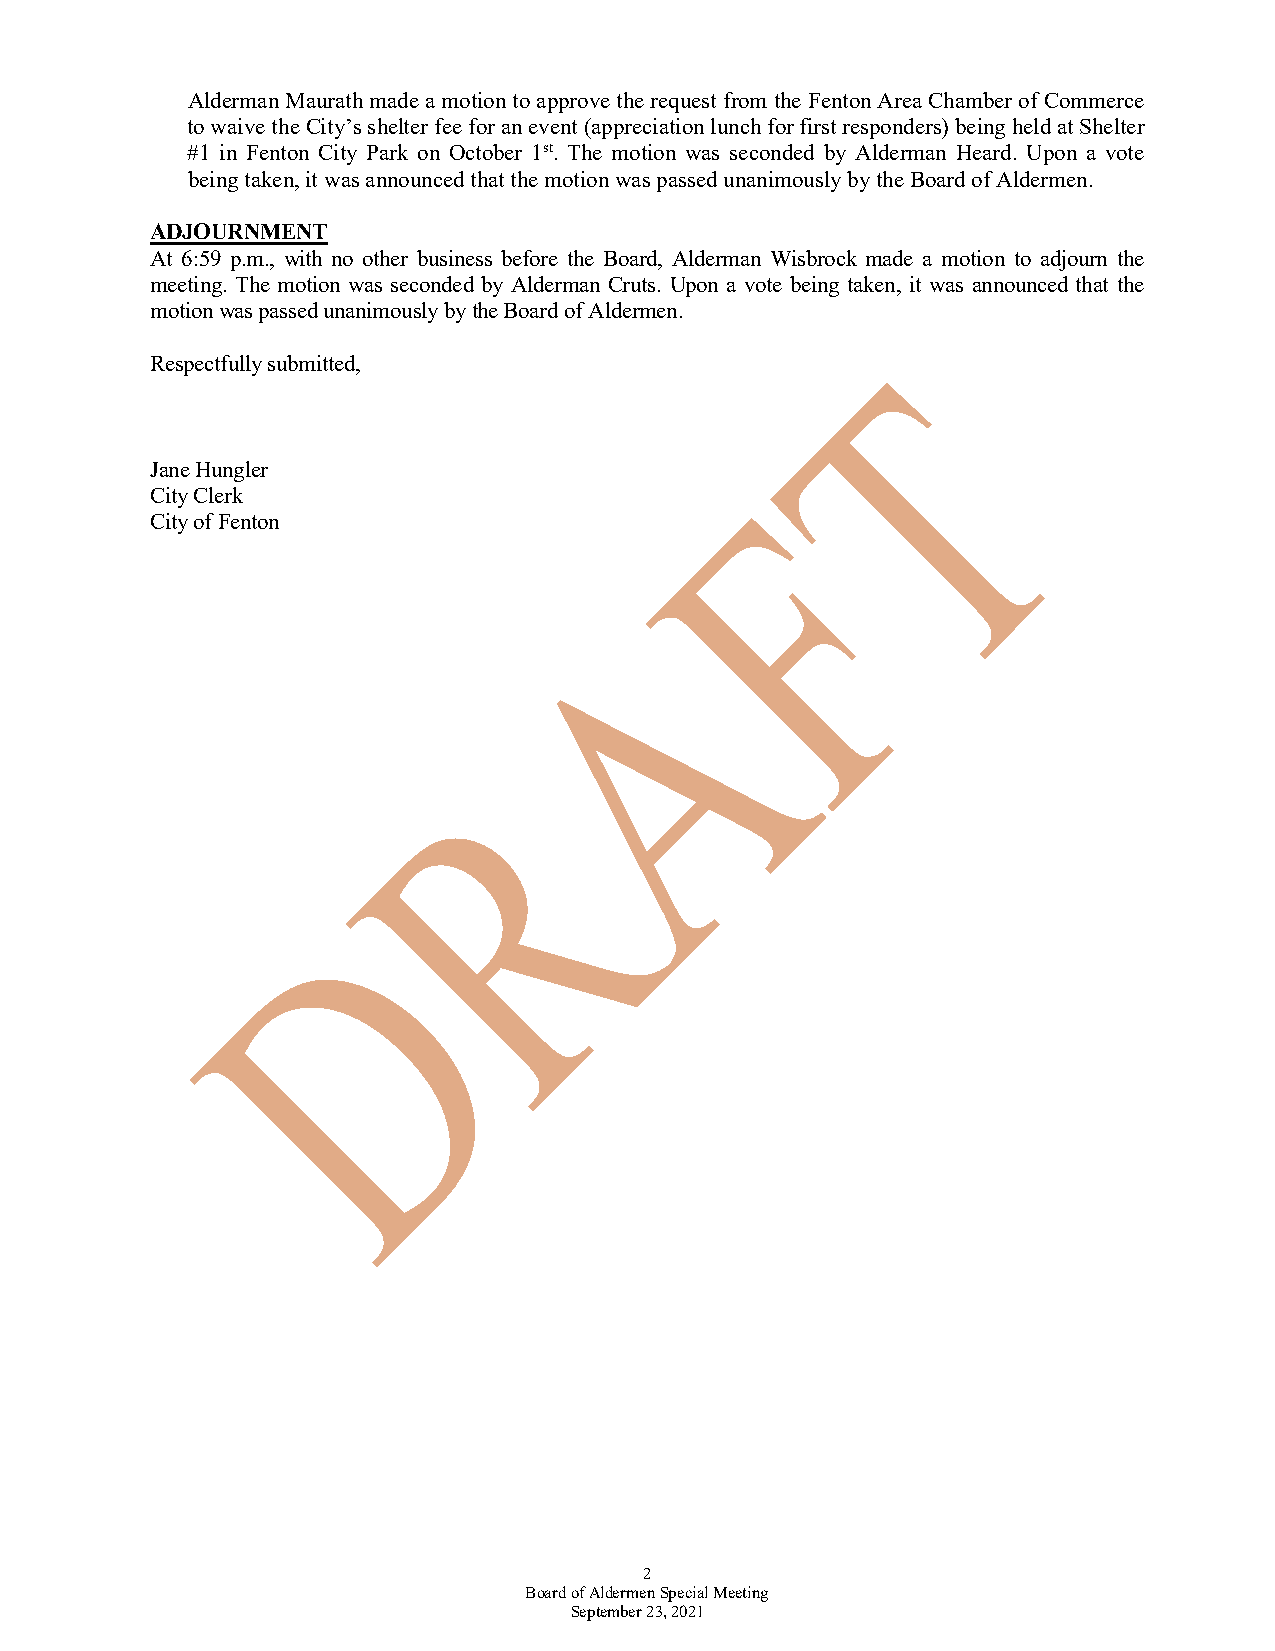
Alderman Maurath made a motion to approve the request from the Fenton Area Chamber of Commerce
 to waive the City’s shelter fee for an event (appreciation lunch for first responders) being held at Shelter
 #1 in Fenton City Park on October 1st. The motion was seconded by Alderman Heard. Upon a vote
 being taken, it was announced that the motion was passed unanimously by the Board of Aldermen.
 ADJOURNMENT
 At 6:59 p.m., with no other business before the Board, Alderman Wisbrock made a motion to adjourn the
 meeting. The motion was seconded by Alderman Cruts. Upon a vote being taken, it was announced that the
 motion was passed unanimously by the Board of Aldermen.
 Respectfully submitted,
 Jane Hungler
 City Clerk
 City of Fenton
 2
 Board of Aldermen Special Meeting
 September 23, 2021